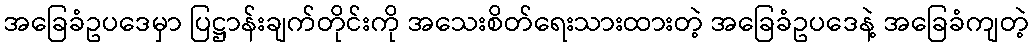
အခြေခံဥပဒေမှာ ပြဋ္ဌာန်းချက်တိုင်းကို အသေးစိတ်ရေးသားထားတဲ့ အခြေခံဥပဒေနဲ့ အခြေခံကျတဲ့